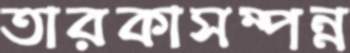
তারকাসম্পন্ন